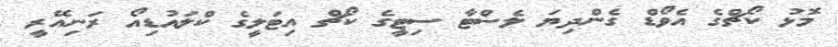
މޮޅު ކޯޗްގެ އެވޯޑް ގެންދިޔަ ލެސްޓާ ސިޓީގެ ކޯޗް އިޓަލީގެ ކްލައުޑިއޯ ރަނިއޭރީ